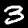
Label: 3